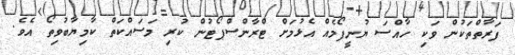
ފަރާތްތަކުން ވަކި ހާއްސަ ޔުނީފޯމެއް އެޅުމަށް ޓްރާންސްޕޯޓުން ކުރި މަސައްކަތް ކާމިޔާބުވިތޯ އެވެ.